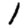
Digit: 1